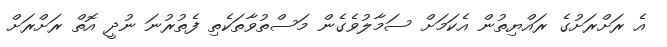
އެ ރަށްރަށުގެ ރައްޔިތުން އެކަމަށް ސަމާލުވެގެން މަސްތުވާތަކެތި ފެތުރުނަ ނުދީ އޮތް ރަށްރަށް